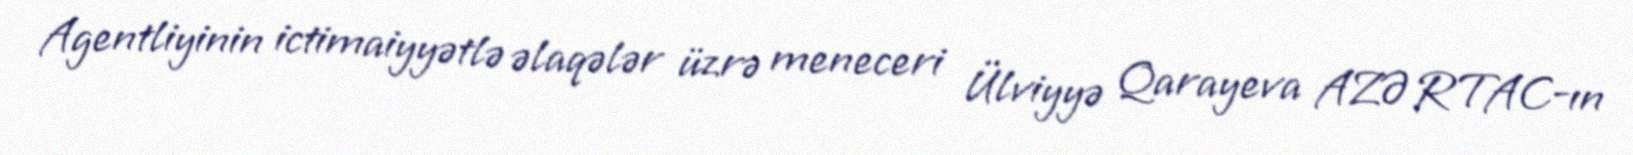
Agentliyinin ictimaiyyətlə əlaqələr üzrə meneceri Ülviyyə Qarayeva AZƏRTAC-ın